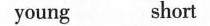
young short